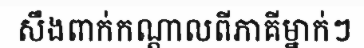
សឹងពាក់កណ្តាលពីភាគីម្នាក់ៗ